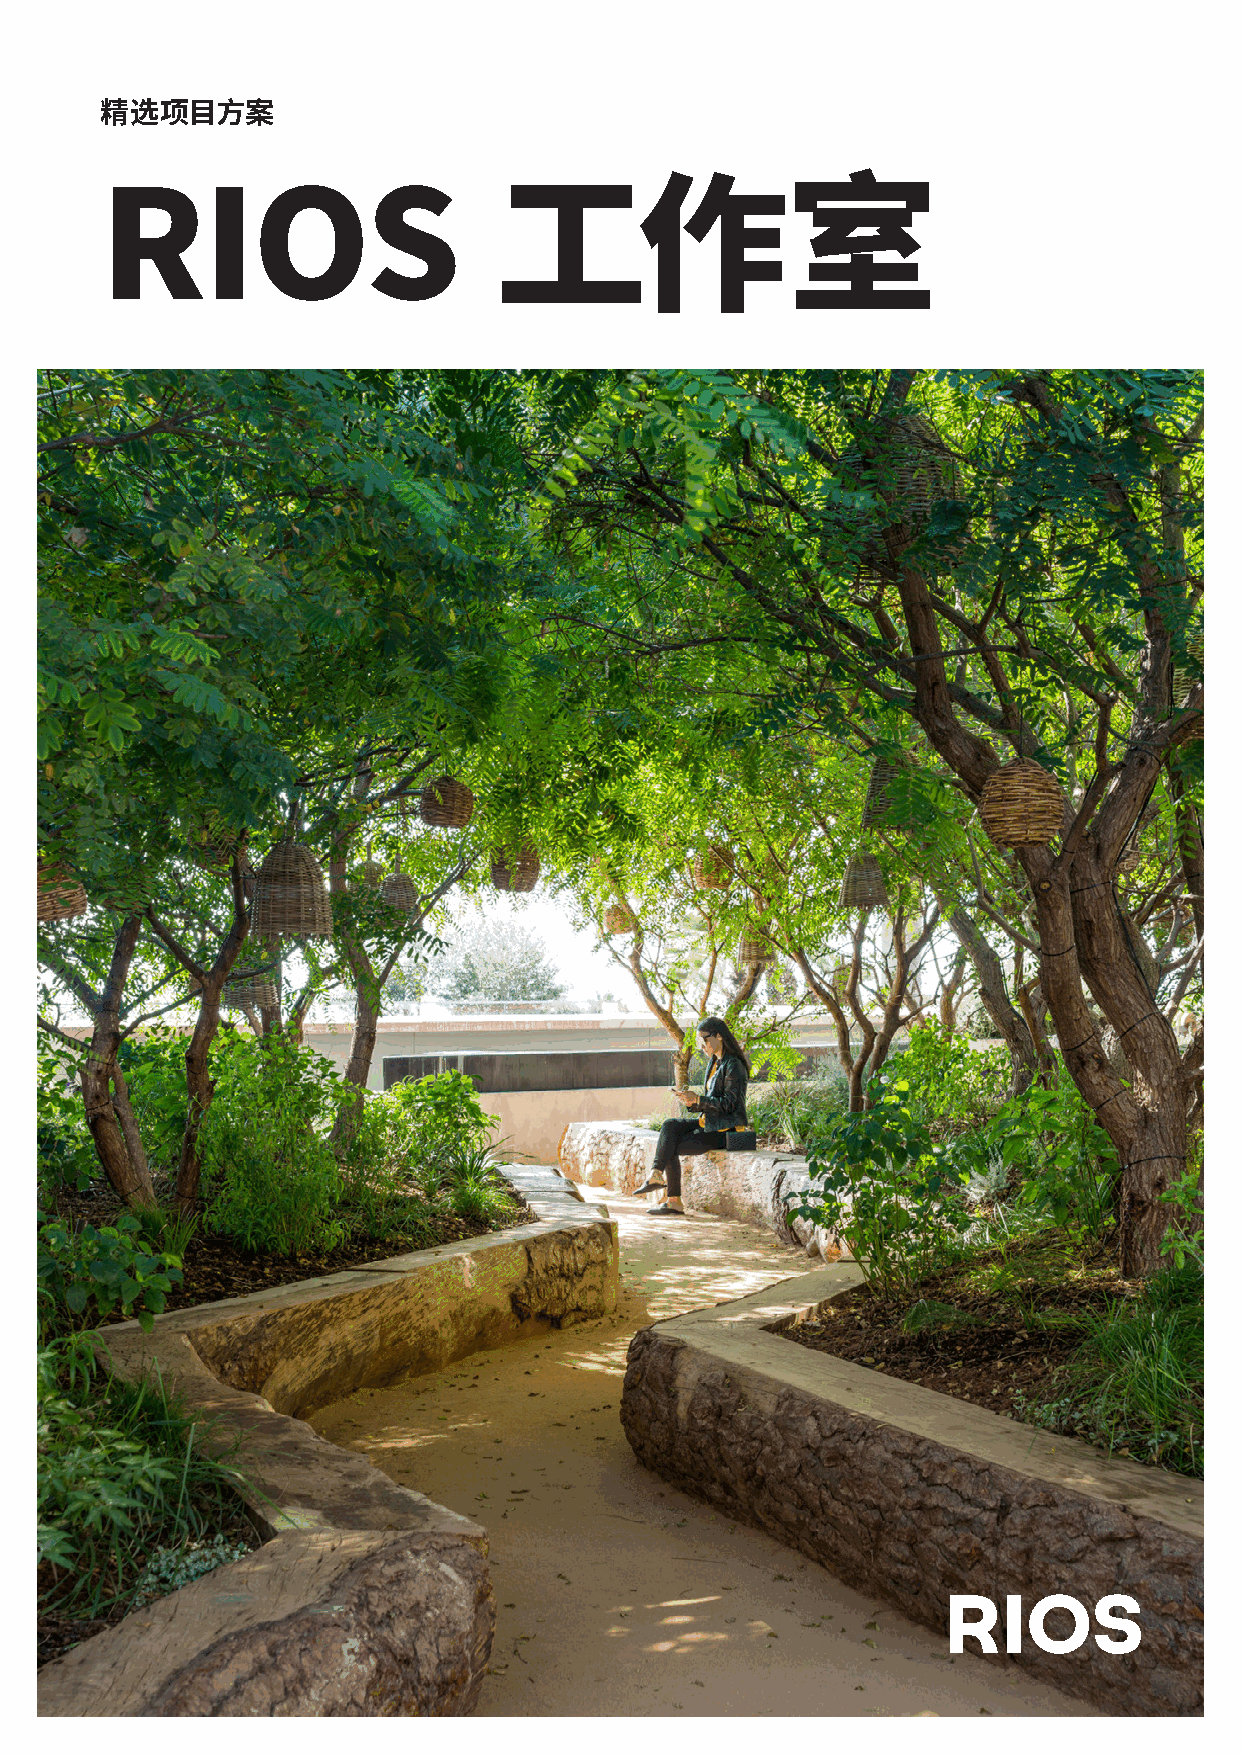
精选项目方案
 RIOS                      工作室